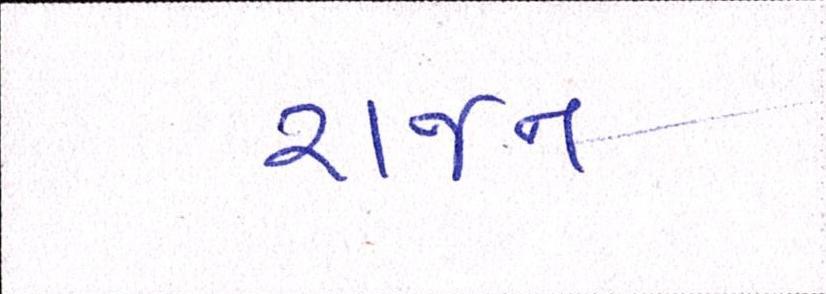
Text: રાજન